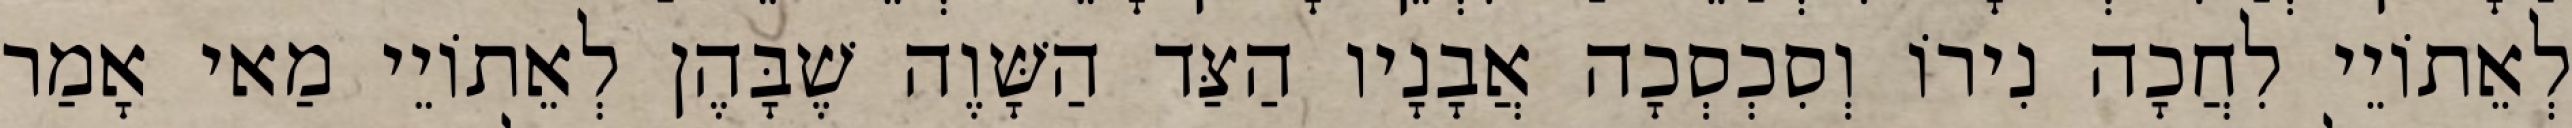
לְאֵתוֹיֵי לִחֲכָה נִירוֹ וְסִכְסְכָה אֲבָנָיו הַצַּד הַשָּׁוֶה שֶׁבָּהֶן לְאֵתוֹיֵי מַאי אָמַר